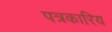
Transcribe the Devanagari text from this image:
पत्रकारिय